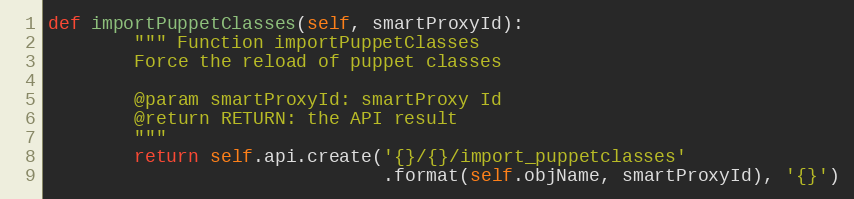
Language: Python
def importPuppetClasses(self, smartProxyId):
        """ Function importPuppetClasses
        Force the reload of puppet classes

        @param smartProxyId: smartProxy Id
        @return RETURN: the API result
        """
        return self.api.create('{}/{}/import_puppetclasses'
                               .format(self.objName, smartProxyId), '{}')